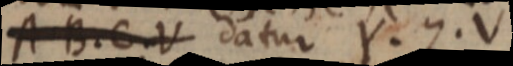
A B. C. V datur Y. Z. V